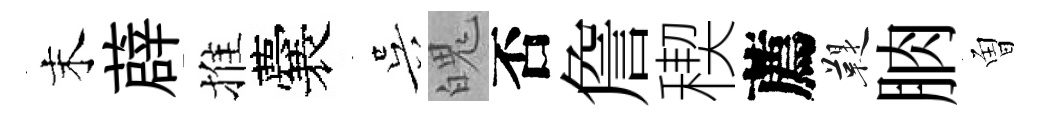
末薜推囊吴魄否詹稧薦鞮朒曽